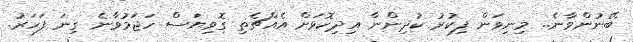
ބޭނުންވާނެ.. މިނިވަން ފިކުރު ކުދިންނާ އިދިކޮޅަށް އެއްޗެތި ގޮވިޔަސް ހަޖަމުވާނެ ގިނަ ފަހަރު.